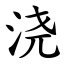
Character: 浇